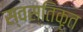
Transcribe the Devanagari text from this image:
स्वस्तिकृत